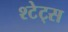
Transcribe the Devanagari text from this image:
श्टेट्स